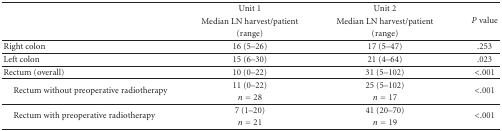
<table><thead><tr><td><b> </b></td><td><b>Unit 1</b></td><td><b>Unit 2</b></td><td rowspan="3"><b><i>P</i> value</b></td></tr><tr><td><b> </b></td><td><b>Median LN harvest/patient</b></td><td><b>Median LN harvest/patient</b></td></tr><tr><td><b> </b></td><td><b>(range)</b></td><td><b>(range) </b></td></tr></thead><tbody><tr><td>Right colon</td><td>16 (5–26)</td><td>17 (5–47)</td><td>.253</td></tr><tr><td>Left colon</td><td>15 (6–30)</td><td>21 (4–64)</td><td>.023</td></tr><tr><td>Rectum (overall)</td><td>10 (0–22)</td><td>31 (5–102)</td><td>&lt;.001 </td></tr><tr><td rowspan="2"> Rectum without preoperative radiotherapy</td><td>11 (0–22)</td><td>25 (5–102)</td><td rowspan="2">&lt;.001</td></tr><tr><td><i>n</i> = 28</td><td><i>n</i> = 17</td></tr><tr><td rowspan="2"> Rectum with preoperative radiotherapy</td><td>7 (1–20)</td><td>41 (20–70)</td><td rowspan="2">&lt;.001</td></tr><tr><td><i>n</i> = 21</td><td><i>n</i> = 19</td></tr></tbody></table>